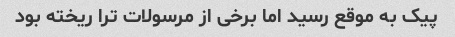
پیک به موقع رسید اما برخی از مرسولات ترا ریخته بود